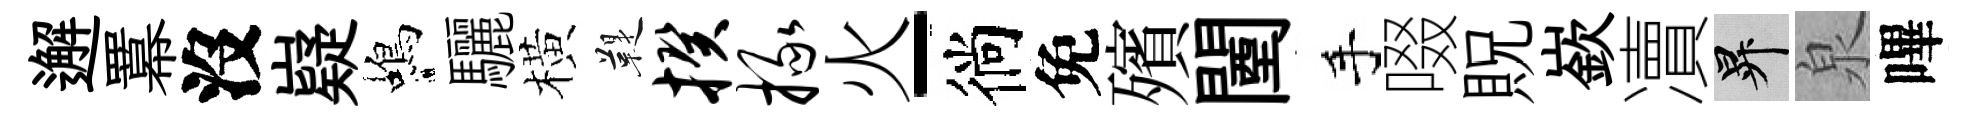
邂羃沒嶷蝎驪橫鞮揆掾火-徜免殯闉手啜貺嶔凟升泉嗶